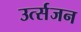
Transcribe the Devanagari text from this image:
उर्त्सजन